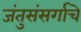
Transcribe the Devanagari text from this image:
जंतुसंसर्गाचे